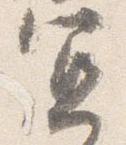
宜